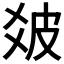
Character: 𤿓